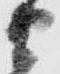
衛